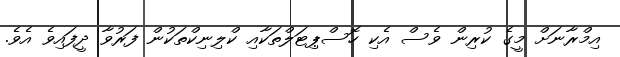
އިމްރާނަށް މީގެ ކުރިން ވެސް އެކި ހޮސްޕިޓަލްތަކާއި ކްލިނިކްތަކުން ފަރުވާ ދީފައިވެ އެވެ.